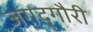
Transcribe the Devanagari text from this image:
जगद्‌गौरी